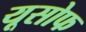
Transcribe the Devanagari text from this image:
यूसोफ